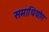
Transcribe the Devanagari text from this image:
समाधियोग